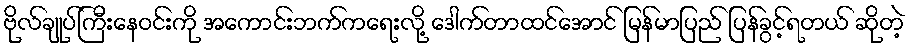
ဗိုလ်ချုပ်ကြီးနေဝင်းကို အကောင်းဘက်ကရေးလို့ ဒေါက်တာထင်အောင် မြန်မာပြည် ပြန်ခွင့်ရတယ် ဆိုတဲ့